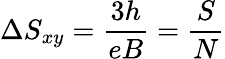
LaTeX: \Delta S_{xy}=\frac{3h}{eB}=\frac{S}{N}